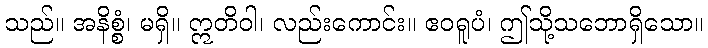
သည်။ အနိစ္စံ၊ မရှိ။ ဣတိဝါ၊ လည်းကောင်း။ ဧဝရူပံ၊ ဤသို့သဘောရှိသော။